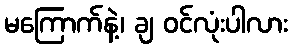
မကြောက်နဲ့၊ ချ ဝင်လုံးပါလား